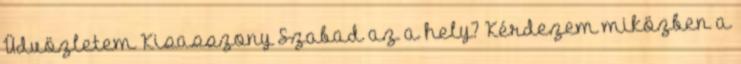
Üdvözletem Kisasszony Szabad az a hely? Kérdezem miközben a